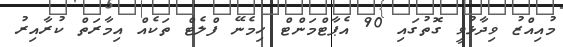
މުއިއްޒު ވިދާޅުވީ ގޮތުގައި 90 އެޕާޓްމަންޓް ހިމެނޭ ފްލެޓް ތަކެއް އިމާރަތް ކުރާއިރު